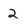
Character: 2